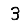
Digit: 3